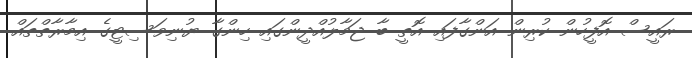
ރައީސް އޮފީހުން ކުރިން އަންގާފައި އޮތީ ބާ ޖަމާލުއްދީންގައި ހިންގާ ޔުނިވަސިޓީގެ އިމާރާތްތައް